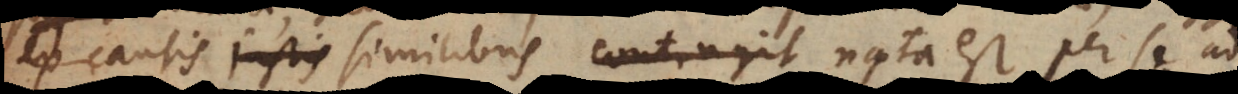
ex causis justis similibus contingit nata est per se ad